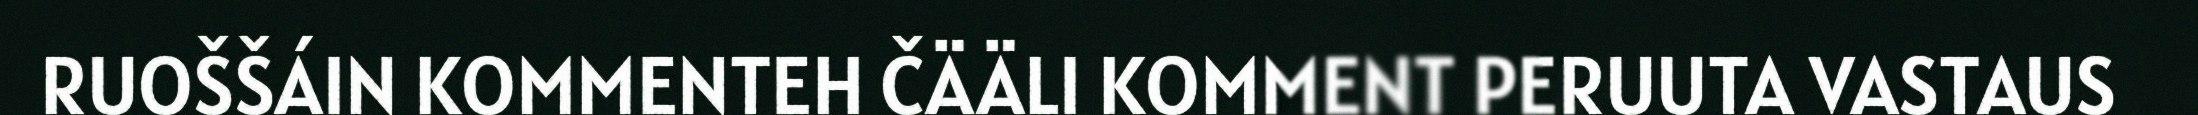
RUOŠŠÁIN KOMMENTEH ČÄÄLI KOMMENT PERUUTA VASTAUS